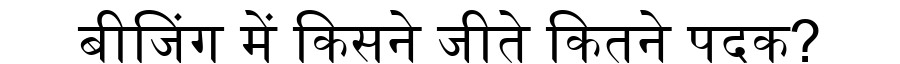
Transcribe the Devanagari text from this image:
बीजिंग में किसने जीते कितने पदक?